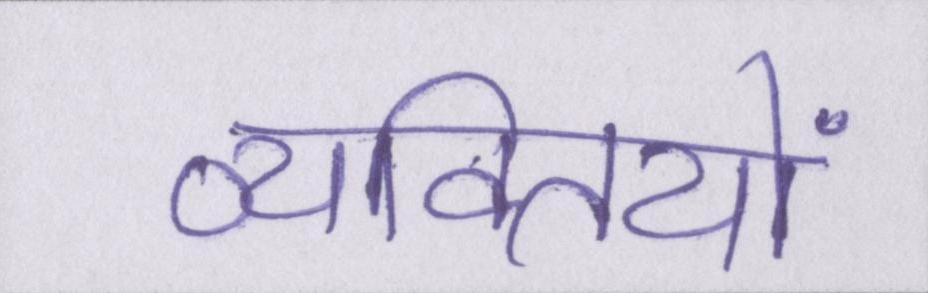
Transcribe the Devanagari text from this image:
व्यक्तियों